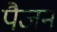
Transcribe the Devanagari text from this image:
पैजन